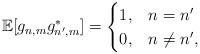
LaTeX: \begin{align*}\mathbb{E}[g_{n,m} g^*_{n',m}] =\begin{cases}1, & n=n' \\0, & n\neq n',\end{cases}\end{align*}